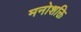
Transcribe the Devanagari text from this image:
मनोशक्ति